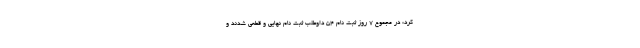
کرد: در مجموع ۷ روز ثبت نام ۵۴ داوطلب ثبت نام نهایی و قطعی شدند و